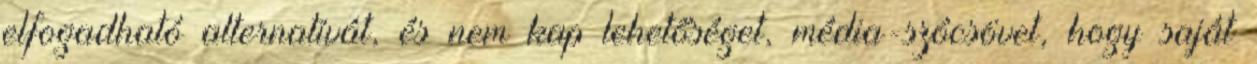
elfogadható alternatívát, és nem kap lehetőséget, média-szócsövet, hogy saját